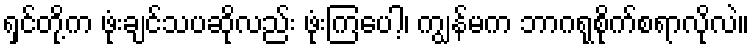
ရှင်တို့က ဖုံးချင်သပဆိုလည်း ဖုံးကြပေါ့၊ ကျွန်မက ဘာဂရုစိုက်စရာလိုလဲ။